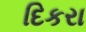
દિકરા